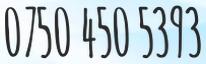
0750 450 5393